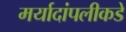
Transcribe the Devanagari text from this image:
मर्यादांपलीकडे